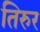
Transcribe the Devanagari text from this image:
तिरुर